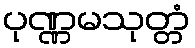
ပုဏ္ဏမသုတ္တံ